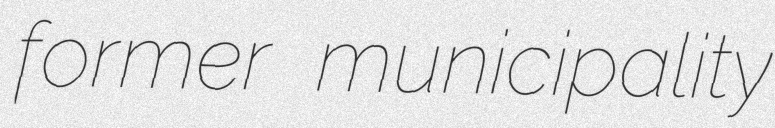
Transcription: former municipality